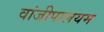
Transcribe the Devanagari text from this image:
वांजीपालयम